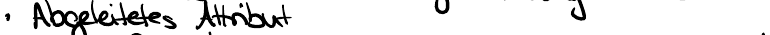
- Abgeleitetes Attribut